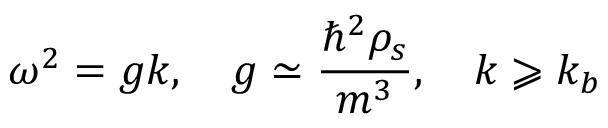
\omega ^ { 2 } = g k , ~ ~ ~ g \simeq \frac { \hbar ^ { 2 } \rho _ { s } } { m ^ { 3 } } , ~ ~ ~ k \geqslant k _ { b }